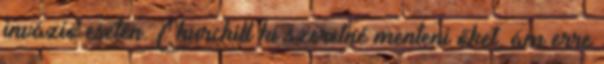
invázió esetén. Churchill ki szeretné menteni őket, ám erre